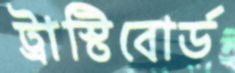
ট্রাস্টিবোর্ড